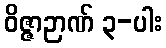
ဝိဇ္ဇာဉာဏ် ၃-ပါး